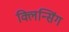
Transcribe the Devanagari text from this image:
क्लिन्सिंग